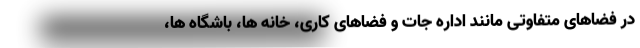
در فضاهای متفاوتی مانند اداره جات و فضاهای کاری، خانه ها، باشگاه ها،